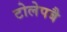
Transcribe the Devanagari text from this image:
टोलेपबै